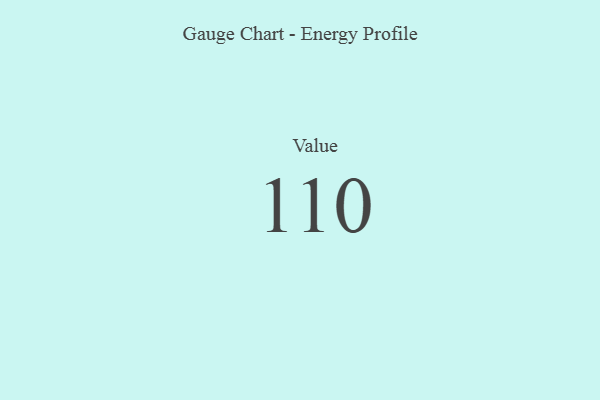
{"axis": {"x": "Metric", "y": "Value"}, "legend": [""], "data": [{"x": "Value", "y": 110, "type": ""}]}